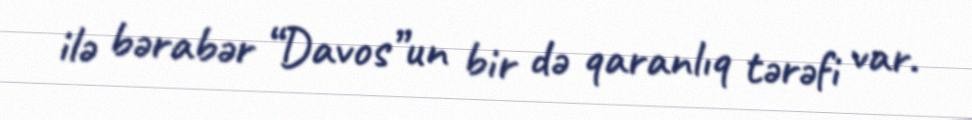
ilə bərabər “Davos”un bir də qaranlıq tərəfi var.